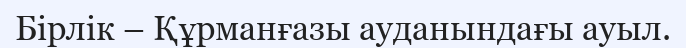
Бірлік – Құрманғазы ауданындағы ауыл.